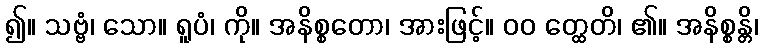
၍။ သဗ္ဗံ၊ သော။ ရူပံ၊ ကို။ အနိစ္စတော၊ အားဖြင့်။ ၀၀ တ္ထေတိ၊ ၏။ အနိစ္စန္တိ၊